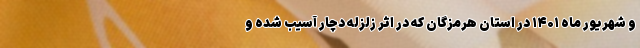
و شهریور ماه ۱۴۰۱ در استان هرمزگان که در اثر زلزله دچار آسیب شده و